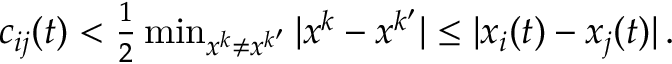
\begin{array} { r } { c _ { i j } ( t ) < \frac { 1 } { 2 } \operatorname* { m i n } _ { x ^ { k } \neq x ^ { k ^ { \prime } } } | x ^ { k } - x ^ { k ^ { \prime } } | \leq | x _ { i } ( t ) - x _ { j } ( t ) | \, . } \end{array}